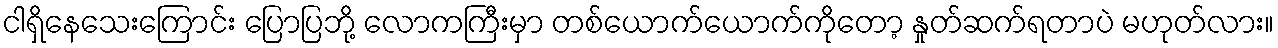
ငါရှိနေသေးကြောင်း ပြောပြဘို့ လောကကြီးမှာ တစ်ယောက်ယောက်ကိုတော့ နှုတ်ဆက်ရတာပဲ မဟုတ်လား။